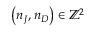
\left( n _ { J } , n _ { D } \right) \in \mathbb { Z } ^ { 2 }